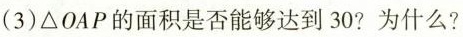
(3)△OAP的面积是否能够达到30?为什么?